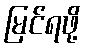
မြင်ရဖို့